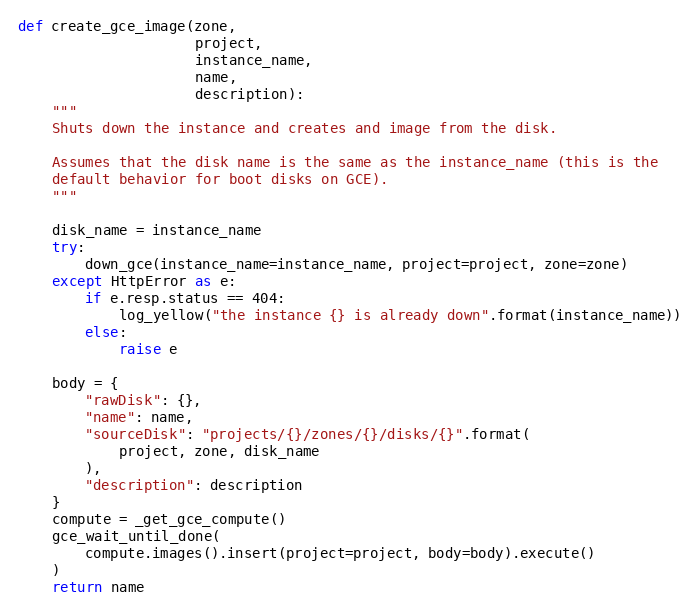
Language: Python
def create_gce_image(zone,
                     project,
                     instance_name,
                     name,
                     description):
    """
    Shuts down the instance and creates and image from the disk.

    Assumes that the disk name is the same as the instance_name (this is the
    default behavior for boot disks on GCE).
    """

    disk_name = instance_name
    try:
        down_gce(instance_name=instance_name, project=project, zone=zone)
    except HttpError as e:
        if e.resp.status == 404:
            log_yellow("the instance {} is already down".format(instance_name))
        else:
            raise e

    body = {
        "rawDisk": {},
        "name": name,
        "sourceDisk": "projects/{}/zones/{}/disks/{}".format(
            project, zone, disk_name
        ),
        "description": description
    }
    compute = _get_gce_compute()
    gce_wait_until_done(
        compute.images().insert(project=project, body=body).execute()
    )
    return name